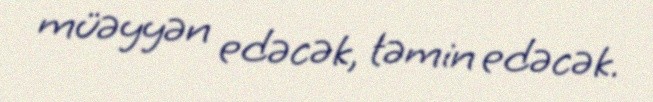
müəyyən edəcək, təmin edəcək.